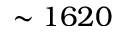
\sim 1 6 2 0